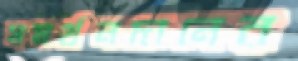
সমর্থনদানের